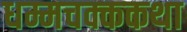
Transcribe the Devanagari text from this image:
धम्मचक्ककथा